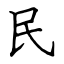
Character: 民